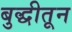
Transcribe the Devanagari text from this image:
बुद्धीतून